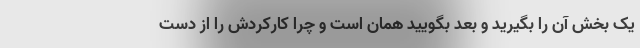
یک بخش آن را بگیرید و بعد بگویید همان است و چرا کارکردش را از دست